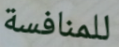
للمنافسة